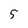
Character: 5